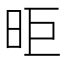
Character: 昛